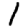
Digit: 1